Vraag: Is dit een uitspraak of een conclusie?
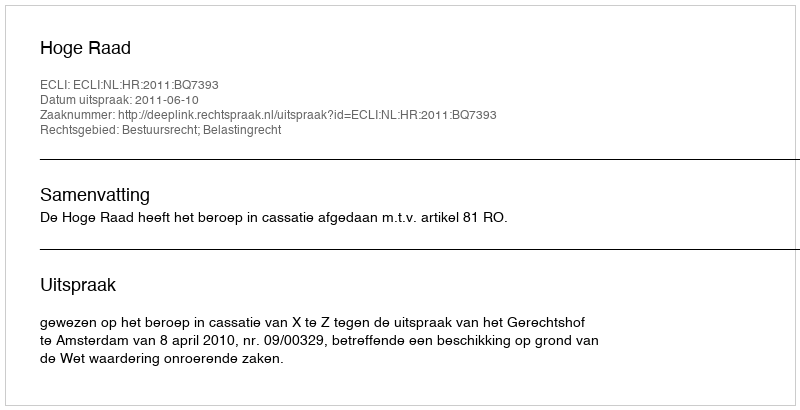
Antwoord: Uitspraak